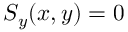
S _ { y } ( x , y ) = 0